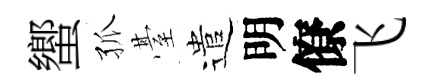
蠁孤䑓遣明僚飞